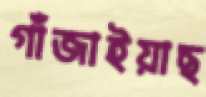
গাঁজাইয়াছ